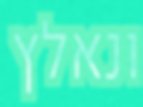
ונאלץ